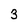
Character: 3